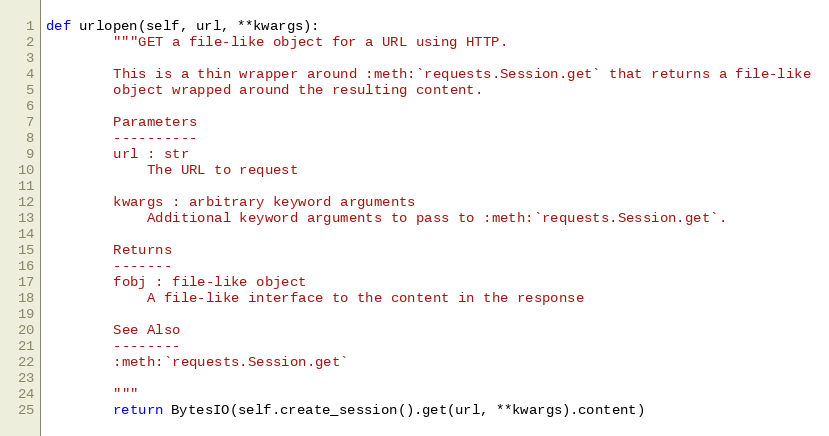
Language: Python
def urlopen(self, url, **kwargs):
        """GET a file-like object for a URL using HTTP.

        This is a thin wrapper around :meth:`requests.Session.get` that returns a file-like
        object wrapped around the resulting content.

        Parameters
        ----------
        url : str
            The URL to request

        kwargs : arbitrary keyword arguments
            Additional keyword arguments to pass to :meth:`requests.Session.get`.

        Returns
        -------
        fobj : file-like object
            A file-like interface to the content in the response

        See Also
        --------
        :meth:`requests.Session.get`

        """
        return BytesIO(self.create_session().get(url, **kwargs).content)